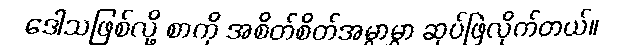
ဒေါသဖြစ်လို့ စာကို အစိတ်စိတ်အမွှာမွှာ ဆုပ်ဖြဲလိုက်တယ်။